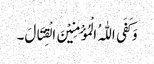
وَ کَفَی اللّٰہُ الْمُؤْمِنِیْنَ الْقِتَالَ۔